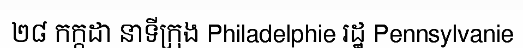
២៨ កក្កដា នាទីក្រុង Philadelphie រដ្ឋ Pennsylvanie